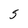
Character: 5